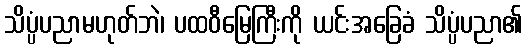
သိပ္ပံပညာမဟုတ်ဘဲ၊ ပထဝီမြေကြီးကို ယင်းအခြေခံ သိပ္ပံပညာ၏